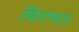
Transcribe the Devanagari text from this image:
किंगचाऊ